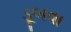
ડૂબવા